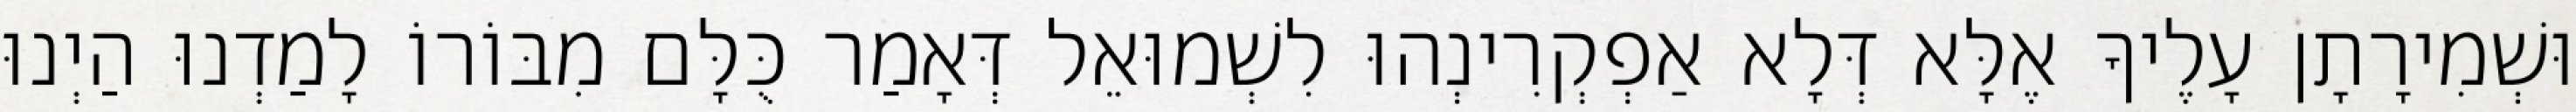
וּשְׁמִירָתָן עָלֶיךָ אֶלָּא דְּלָא אַפְקְרִינְהוּ לִשְׁמוּאֵל דְּאָמַר כֻּלָּם מִבּוֹרוֹ לָמַדְנוּ הַיְנוּ